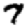
Digit: 7